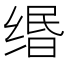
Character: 缗